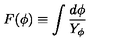
F ( \phi ) \equiv \int { \frac { d \phi } { Y _ { \phi } } }